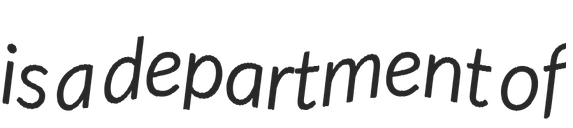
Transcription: is a department of